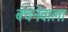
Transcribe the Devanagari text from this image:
बचनेवाला